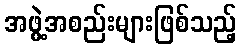
အဖွဲ့အစည်းများဖြစ်သည့်